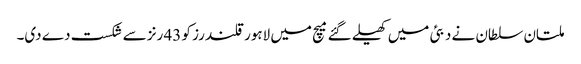
ملتان سلطان نے دبئی میں کھیلے گئے میچ میں لاہور قلندرز کو 43 رنز سے شکست دے دی۔